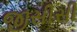
જીસીસી